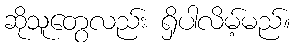
ဆိုသူတွေလည်း ရှိပါလိမ့်မည်။